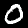
Digit: 0